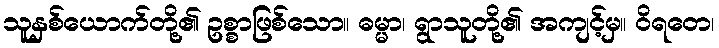
သူနှစ်ယောက်တို့၏ ဥစ္စာဖြစ်သော။ ဓမ္မာ၊ ရွာသူတို့၏ အကျင့်မှ။ ဝိရတေ၊